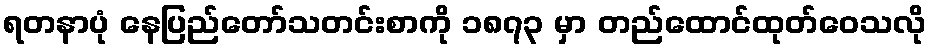
ရတနာပုံ နေပြည်တော်သတင်းစာကို ၁၈၇၃ မှာ တည်ထောင်ထုတ်ဝေသလို